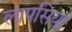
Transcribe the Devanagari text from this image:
लापसिया